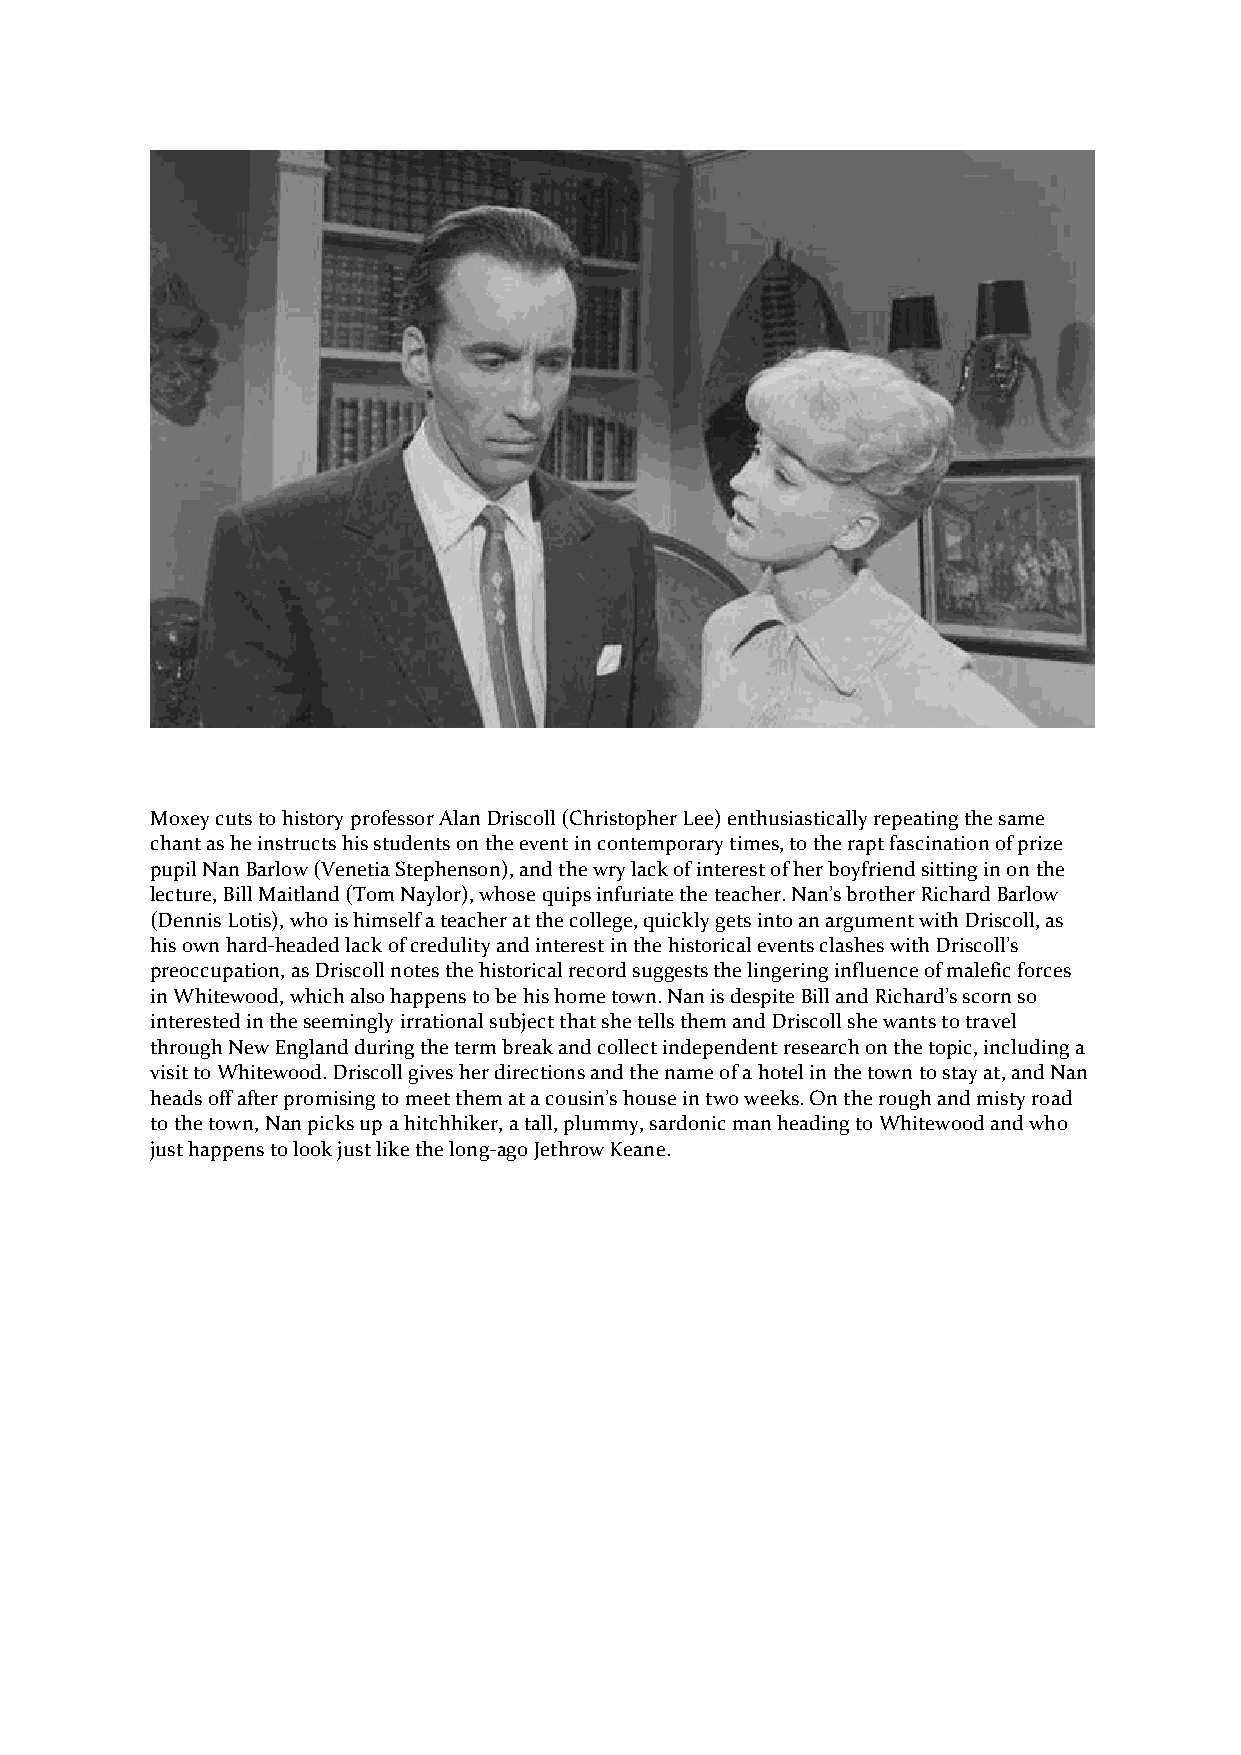
Moxey cuts to history professor Alan Driscoll (Christopher Lee) enthusiastically repeating the same
 chant as he instructs his students on the event in contemporary times, to the rapt fascination of prize
 pupil Nan Barlow (Venetia Stephenson), and the wry lack of interest of her boyfriend sitting in on the
 lecture, Bill Maitland (Tom Naylor), whose quips infuriate the teacher. Nan’s brother Richard Barlow
 (Dennis Lotis), who is himself a teacher at the college, quickly gets into an argument with Driscoll, as
 his own hard-headed lack of credulity and interest in the historical events clashes with Driscoll’s
 preoccupation, as Driscoll notes the historical record suggests the lingering influence of malefic forces
 in Whitewood, which also happens to be his home town. Nan is despite Bill and Richard’s scorn so
 interested in the seemingly irrational subject that she tells them and Driscoll she wants to travel
 through New England during the term break and collect independent research on the topic, including a
 visit to Whitewood. Driscoll gives her directions and the name of a hotel in the town to stay at, and Nan
 heads off after promising to meet them at a cousin’s house in two weeks. On the rough and misty road
 to the town, Nan picks up a hitchhiker, a tall, plummy, sardonic man heading to Whitewood and who
 just happens to look just like the long-ago Jethrow Keane.